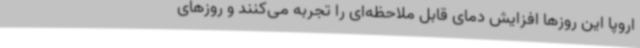
اروپا این روزها افزایش دمای قابل ملاحظه‌ای را تجربه می‌کنند و روزهای